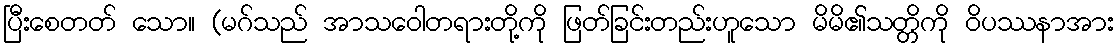
ပြီးစေတတ် သော။ (မဂ်သည် အာသဝေါတရားတို့ကို ဖြတ်ခြင်းတည်းဟူသော မိမိ၏သတ္တိကို ဝိပဿနာအား